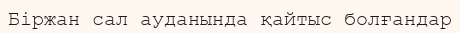
Біржан сал ауданында қайтыс болғандар